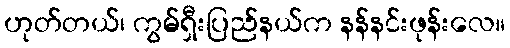
ဟုတ်တယ်၊ ကွမ်ရှီးပြည်နယ်က နန်နင်းဖုန်းလေ။